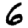
Digit: 6